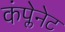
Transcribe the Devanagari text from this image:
कंप्लेनेट